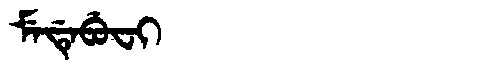
Manchu: ᠮᡝᡩᡝᠪᡠᠸᡳ
Romanization: MEDEBUFI